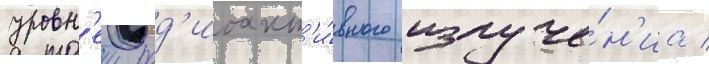
уровн'еи рад'иоакт'и́вного излуче́н'иа /